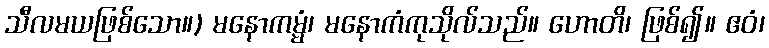
သီလမယဖြစ်သော။) မနောကမ္မံ၊ မနောကံကုသိုလ်သည်။ ဟောတိ၊ ဖြစ်၍။ ဧဝံ၊